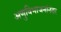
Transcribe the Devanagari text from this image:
अणुविभाजनांनंतर